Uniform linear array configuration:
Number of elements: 8
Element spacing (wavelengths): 0.5
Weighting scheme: binomial
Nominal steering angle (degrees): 60
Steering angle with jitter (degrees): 59.414
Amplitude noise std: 0.05
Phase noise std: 0.05

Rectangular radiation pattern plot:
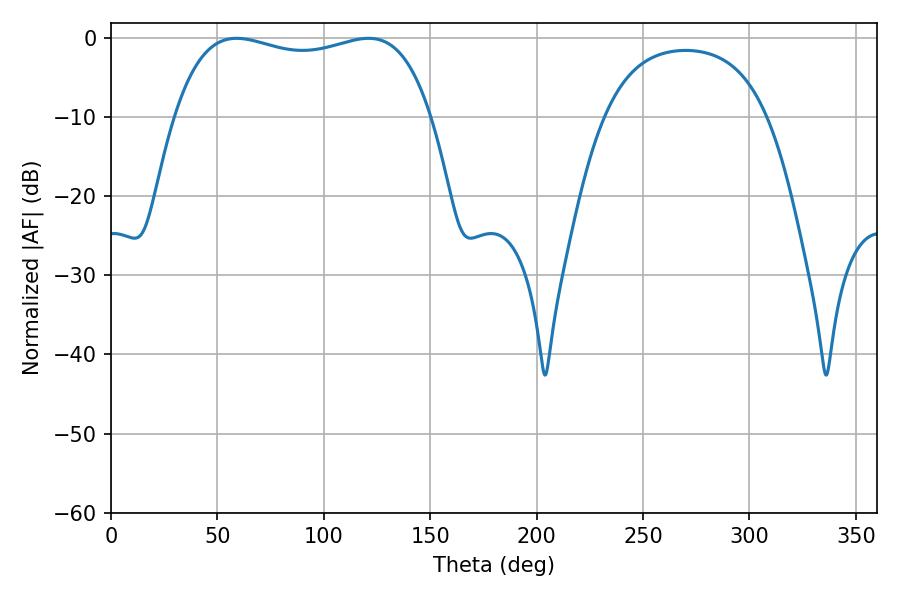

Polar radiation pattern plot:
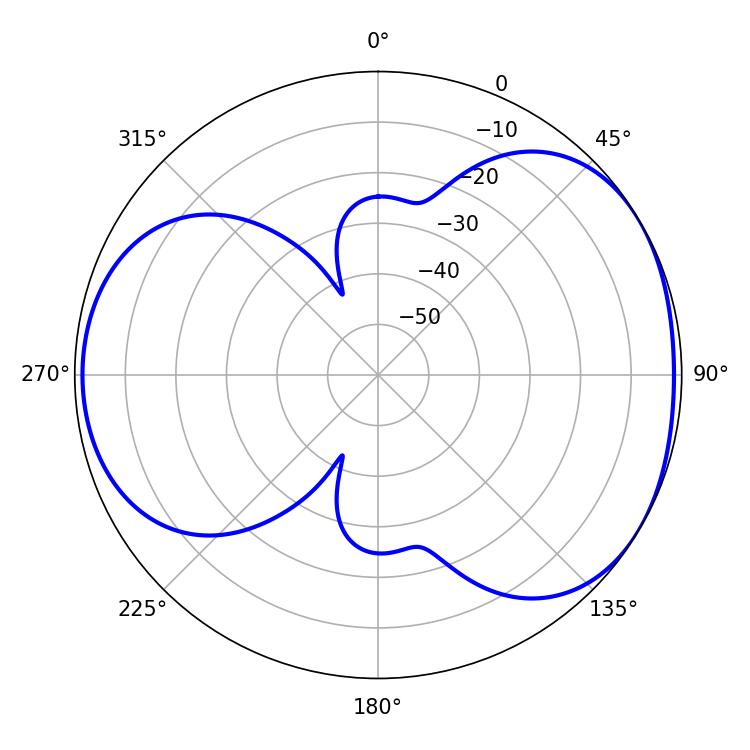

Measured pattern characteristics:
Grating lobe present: FALSE
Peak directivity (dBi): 4.416
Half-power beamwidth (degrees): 97.92
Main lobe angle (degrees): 59.04